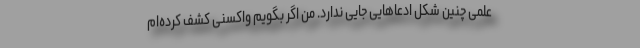
علمی چنین شکل ادعاهایی جایی ندارد. من اگر بگویم واکسنی کشف کرده‌ام